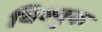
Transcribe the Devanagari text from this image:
विश्वुक